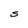
Character: S